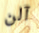
آلن